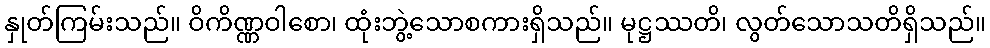
နှုတ်ကြမ်းသည်။ ဝိကိဏ္ဏဝါစော၊ ထုံးဘွဲ့သောစကားရှိသည်။ မုဋ္ဌဿတိ၊ လွတ်သောသတိရှိသည်။